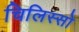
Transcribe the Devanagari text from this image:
चिलिस्सो